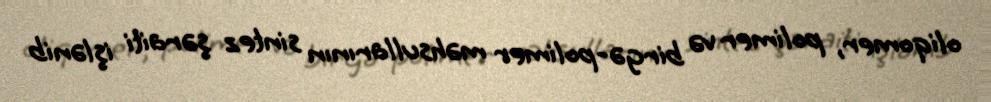
oliqomer, polimer və birgə-polimer məhsullarının sintez şəraiti işlənib